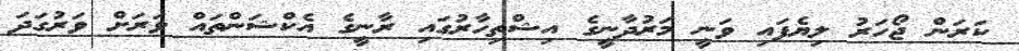
ކަރަން ޖޯހަރު ލިޔެފައި ވަނީ މަރުދާނީގެ އިޝްތިހާރުގައި ރާނީގެ އެކްޝަންތައް ވަރަށް ވަރުގަދަ